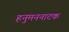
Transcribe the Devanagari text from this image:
हनुमननाटक